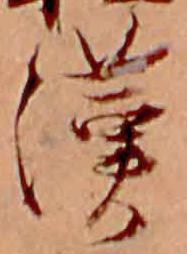
漢